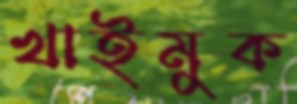
খাইমুক